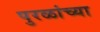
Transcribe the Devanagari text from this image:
पुरळांच्या